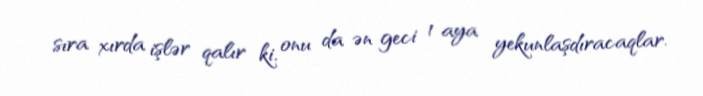
sıra xırda işlər qalır ki, onu da ən geci 1 aya yekunlaşdıracaqlar.